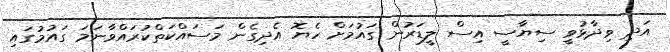
އަދި ވިދާޅުވީ ސިޔާސީ އިސް ލީޑަރުން ގައުމަށް ހެޔޮ އެދިގެން މަސައްކަތްކުރައްވާނަމަ ގައުމުގައި